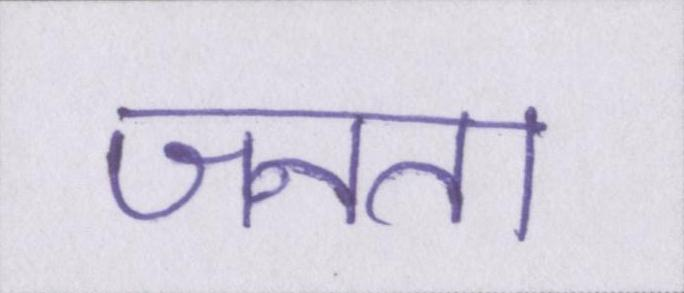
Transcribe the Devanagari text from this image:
जनता